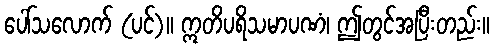
ပေါ်သလောက် (ပင်)။ ဣတိပရိသမာပဏံ၊ ဤတွင်အပြီးတည်း။